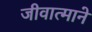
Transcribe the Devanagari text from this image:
जीवात्माने